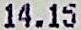
14.15